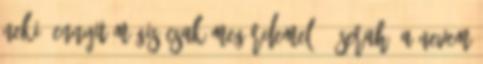
neki. Ennyit mégis csak megérdemel. - Serah. a nevem